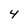
Character: 4